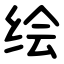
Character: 绘